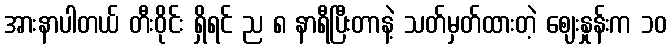
အားနာပါတယ် တီးဝိုင်း ရှိရင် ည ၈ နာရီပြီးတာနဲ့ သတ်မှတ်ထားတဲ့ ဈေးနှုန်းက ၁၀